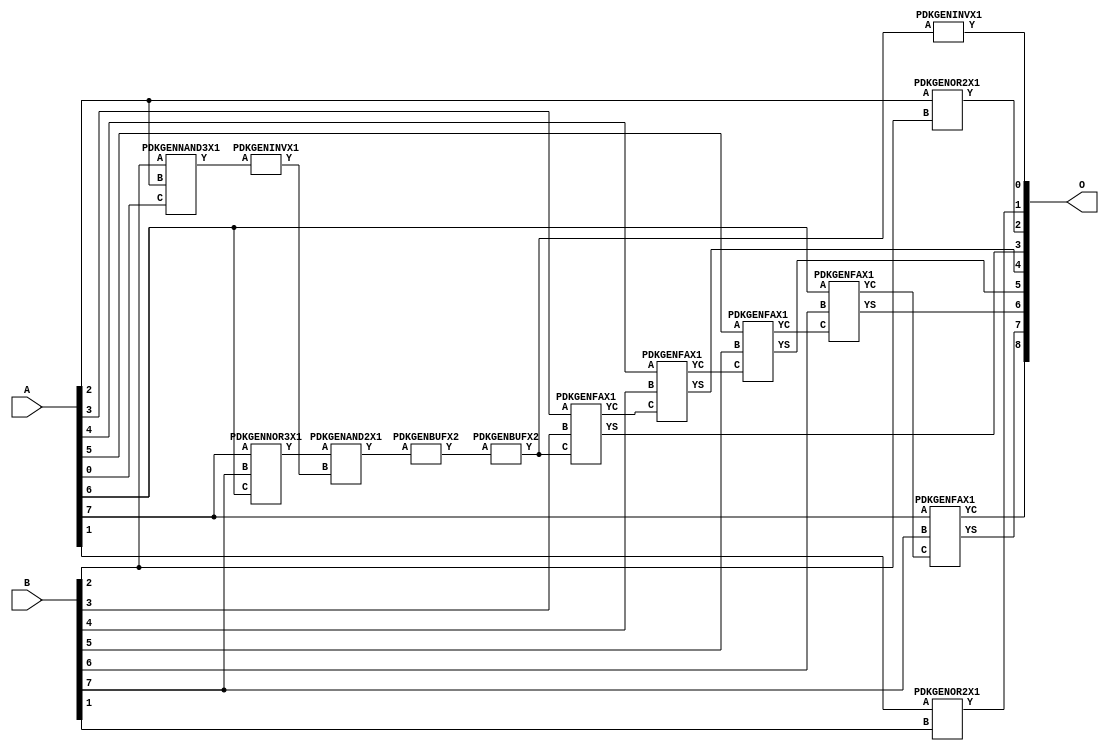
// Library = EvoApprox8b
// Circuit = add8_378
// Area   (180) = 876
// Delay  (180) = 1.590
// Power  (180) = 222.70
// Area   (45) = 64
// Delay  (45) = 0.590
// Power  (45) = 21.84
// Nodes = 14
// HD = 140480
// MAE = 1.73438
// MSE = 6.17188
// MRE = 0.88 %
// WCE = 7
// WCRE = 100 %
// EP = 71.7 %

module add8_378(A, B, O);
  input [7:0] A;
  input [7:0] B;
  output [8:0] O;
  wire [2031:0] N;

  assign N[0] = A[0];
  assign N[1] = A[0];
  assign N[2] = A[1];
  assign N[3] = A[1];
  assign N[4] = A[2];
  assign N[5] = A[2];
  assign N[6] = A[3];
  assign N[7] = A[3];
  assign N[8] = A[4];
  assign N[9] = A[4];
  assign N[10] = A[5];
  assign N[11] = A[5];
  assign N[12] = A[6];
  assign N[13] = A[6];
  assign N[14] = A[7];
  assign N[15] = A[7];
  assign N[16] = B[0];
  assign N[17] = B[0];
  assign N[18] = B[1];
  assign N[19] = B[1];
  assign N[20] = B[2];
  assign N[21] = B[2];
  assign N[22] = B[3];
  assign N[23] = B[3];
  assign N[24] = B[4];
  assign N[25] = B[4];
  assign N[26] = B[5];
  assign N[27] = B[5];
  assign N[28] = B[6];
  assign N[29] = B[6];
  assign N[30] = B[7];
  assign N[31] = B[7];

  PDKGENNAND3X1 n32(.A(N[20]), .B(N[4]), .C(N[0]), .Y(N[32]));
  PDKGENINVX1 n34(.A(N[32]), .Y(N[34]));
  PDKGENNOR3X1 n40(.A(N[14]), .B(N[30]), .C(N[12]), .Y(N[40]));
  PDKGENAND2X1 n66(.A(N[40]), .B(N[34]), .Y(N[66]));
  PDKGENBUFX2 n74(.A(N[66]), .Y(N[74]));
  assign N[75] = N[74];
  PDKGENOR2X1 n82(.A(N[2]), .B(N[18]), .Y(N[82]));
  PDKGENBUFX2 n84(.A(N[75]), .Y(N[84]));
  assign N[85] = N[84];
  PDKGENINVX1 n126(.A(N[85]), .Y(N[126]));
  assign N[127] = N[126];
  PDKGENOR2X1 n132(.A(N[4]), .B(N[20]), .Y(N[132]));
  PDKGENFAX1 n182(.A(N[6]), .B(N[22]), .C(N[84]), .YS(N[182]), .YC(N[183]));
  PDKGENFAX1 n232(.A(N[8]), .B(N[24]), .C(N[183]), .YS(N[232]), .YC(N[233]));
  PDKGENFAX1 n282(.A(N[10]), .B(N[26]), .C(N[233]), .YS(N[282]), .YC(N[283]));
  PDKGENFAX1 n332(.A(N[12]), .B(N[28]), .C(N[283]), .YS(N[332]), .YC(N[333]));
  PDKGENFAX1 n382(.A(N[14]), .B(N[30]), .C(N[333]), .YS(N[382]), .YC(N[383]));

  assign O[0] = N[127];
  assign O[1] = N[82];
  assign O[2] = N[132];
  assign O[3] = N[182];
  assign O[4] = N[232];
  assign O[5] = N[282];
  assign O[6] = N[332];
  assign O[7] = N[382];
  assign O[8] = N[383];

endmodule
/* mod */
module PDKGENFAX1( input A, input B, input C, output YS, output YC );
    assign YS = (A ^ B) ^ C;
    assign YC = (A & B) | (B & C) | (A & C);
endmodule
/* mod */
module PDKGENNOR3X1(input A, input B, input C, output Y );
     assign Y = ~((A | B) | C);
endmodule
/* mod */
module PDKGENAND2X1(input A, input B, output Y );
     assign Y = A & B;
endmodule
/* mod */
module PDKGENINVX1(input A, output Y );
     assign Y = ~A;
endmodule
/* mod */
module PDKGENNAND3X1(input A, input B, input C, output Y );
     assign Y = ~((A & B) & C);
endmodule
/* mod */
module PDKGENBUFX2(input A, output Y );
     assign Y = A;
endmodule
/* mod */
module PDKGENOR2X1(input A, input B, output Y );
     assign Y = A | B;
endmodule